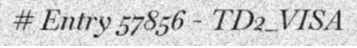
# Entry 57856 - TD2_VISA